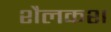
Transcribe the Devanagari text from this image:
शैलकश